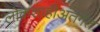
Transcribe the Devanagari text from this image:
लोकशाहीअंतर्गत